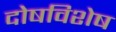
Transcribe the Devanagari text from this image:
दोषविशेष